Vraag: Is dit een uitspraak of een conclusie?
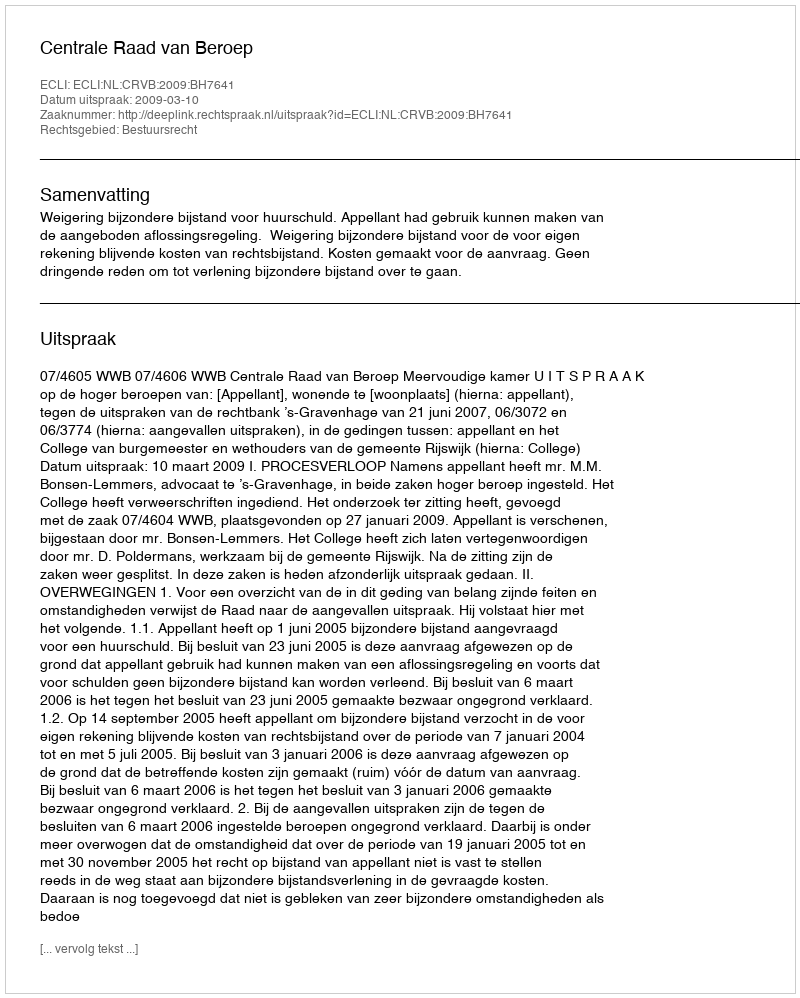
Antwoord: Uitspraak